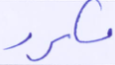
مكرر